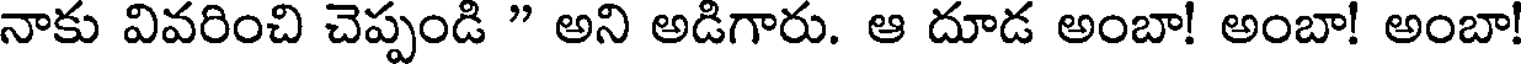
నాకు వివరించి చెప్పండి " అని అడిగారు. ఆ దూడ అంబా! అంబా! అంబా